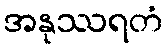
အနုဿရတံ